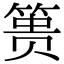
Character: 篑